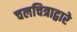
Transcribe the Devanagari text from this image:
चलचित्राद्वारे